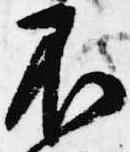
不